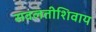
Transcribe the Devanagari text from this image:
सवलतीशिवाय